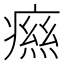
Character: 𤹎